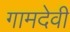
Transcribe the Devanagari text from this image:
गामदेवी